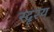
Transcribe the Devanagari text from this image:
स्दृश्य